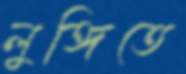
লুঙ্গিতে